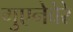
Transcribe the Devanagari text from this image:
गुएनेवेरे